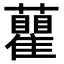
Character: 𧄒